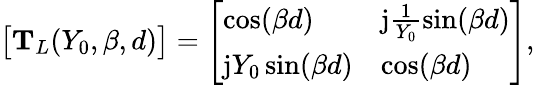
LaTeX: \big[\mathrm{\mathbf{T}}_{L}(Y_{0},\beta,d)\big]=\left[\begin{array}{ll}{\cos(\beta d)}&{\mathrm{j}\frac{1}{Y_{0}}\sin(\beta d)}\\ {\mathrm{j}Y_{0}\sin(\beta d)}&{\cos(\beta d)}\end{array}\right],